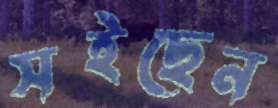
সইছেন